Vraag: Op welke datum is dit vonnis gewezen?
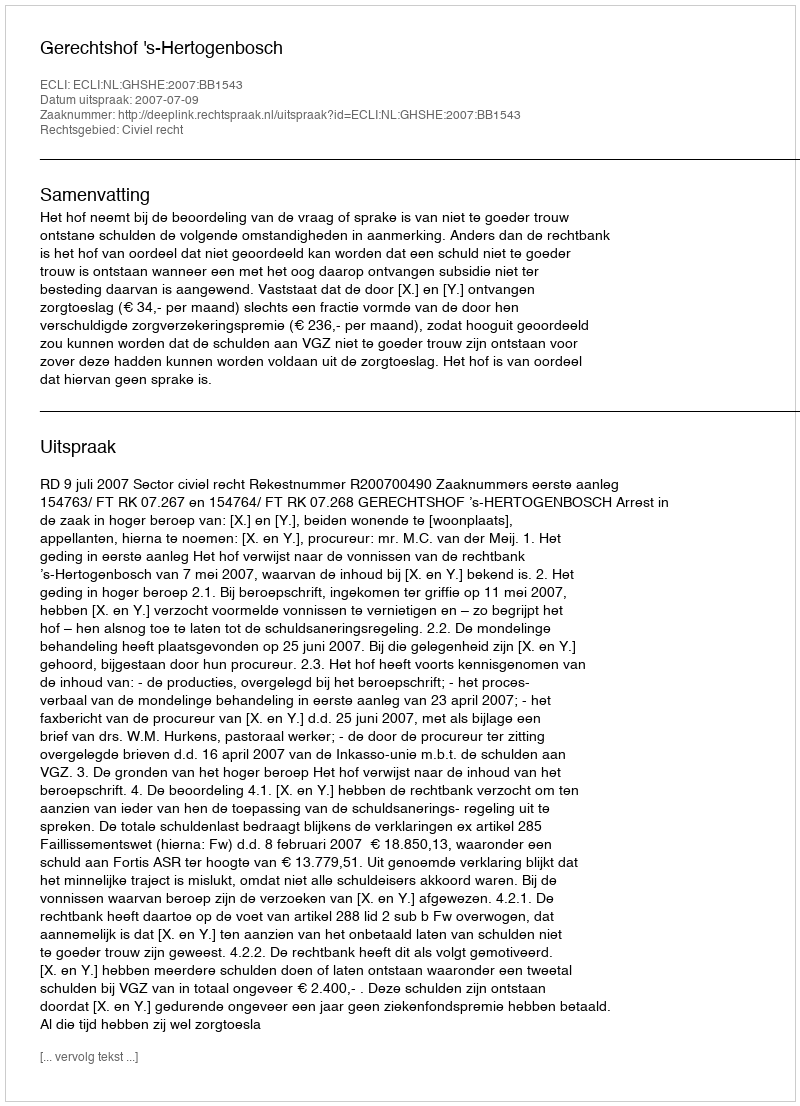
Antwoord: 2007-07-09